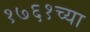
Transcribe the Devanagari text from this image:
१७६१च्या